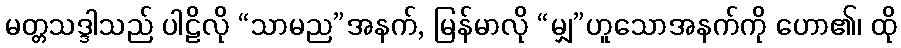
မတ္တသဒ္ဒါသည် ပါဠိလို “သာမည”အနက်, မြန်မာလို “မျှ”ဟူသောအနက်ကို ဟော၏၊ ထို